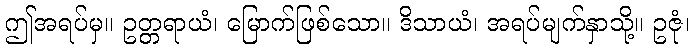
ဤအရပ်မှ။ ဥတ္တရာယံ၊ မြောက်ဖြစ်သော။ ဒိသာယံ၊ အရပ်မျက်နှာသို့။ ဥဇုံ၊